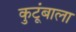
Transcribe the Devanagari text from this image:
कुटूंबाला